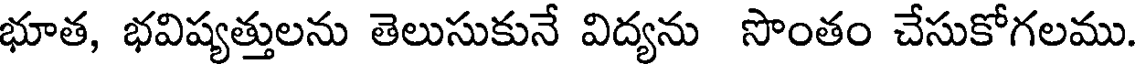
భూత, భవిష్యత్తులను తెలుసుకునే విద్యను సొంతం చేసుకోగలము